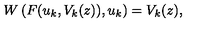
W \left( F ( u _ { k } , V _ { k } ( z ) ) , u _ { k } \right) = V _ { k } ( z ) ,